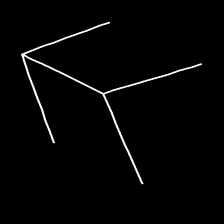
Glyph: gather